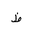
Letter: _za